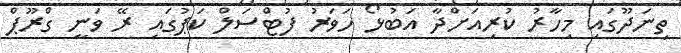
ތިނަދޫގައި މިހާރު ކުރިއަށްދާ އަބުޅޯ ހަވަރު ފުޓްސަލް ކަޕުގައި ރޭ ވަނީ ގްރޫޕް